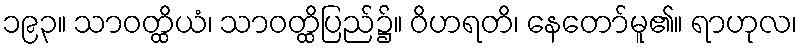
၁၉၃။ သာဝတ္ထိယံ၊ သာဝတ္ထိပြည်၌။ ဝိဟရတိ၊ နေတော်မူ၏။ ရာဟုလ၊